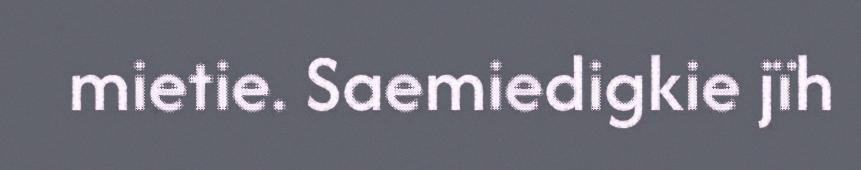
mietie. Saemiedigkie jïh